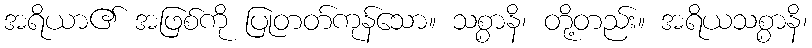
အရိယာ၏ အဖြစ်ကို ပြုတတ်ကုန်သော။ သစ္စာနိ၊ တို့တည်း။ အရိယသစ္စာနိ၊